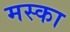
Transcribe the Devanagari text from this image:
मस्का